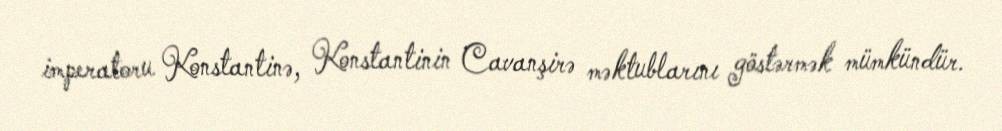
imperatoru Konstantinə, Konstantinin Cavanşirə məktublarını göstərmək mümkündür.